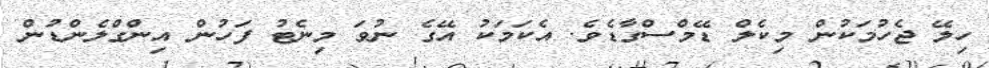
ހިލޭ ޖެހުމަކުން މިކެލް ޑޭމްސްގާޑެވެ. އެކަމަކު އޭގެ ނުވަ މިނެޓު ފަހުން އިންގްލެންޑުން